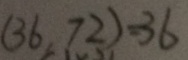
( 3 6 , 7 2 ) = 3 6